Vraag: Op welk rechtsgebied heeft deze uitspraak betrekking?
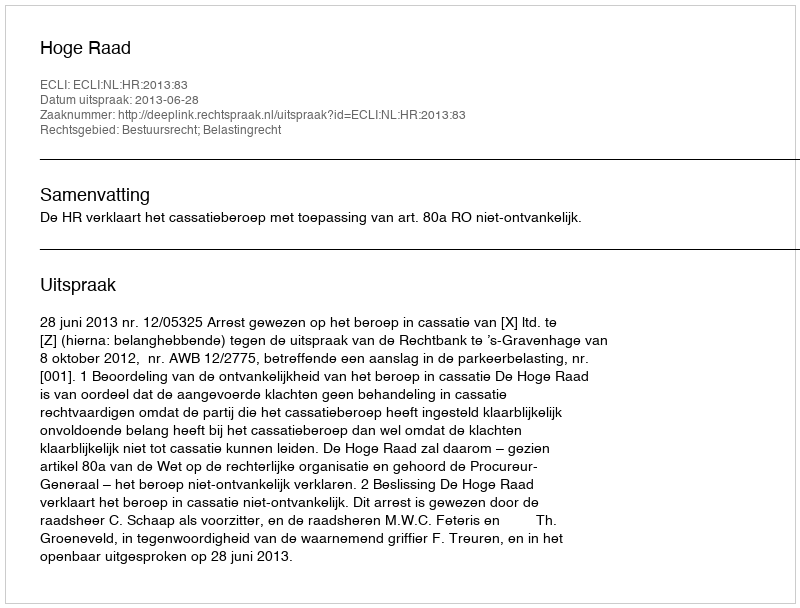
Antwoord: Bestuursrecht; Belastingrecht